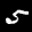
Label: 5